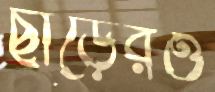
ছাড়েরও